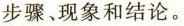
步骤、现象和结论。